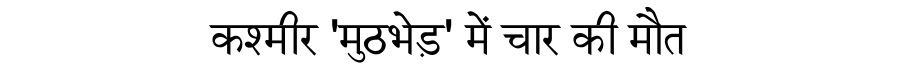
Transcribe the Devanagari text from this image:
कश्मीर 'मुठभेड़' में चार की मौत